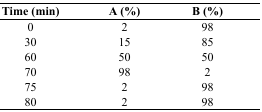
<table><thead><tr><td><b>Time (min)</b></td><td><b>A (%)</b></td><td><b>B (%)</b></td></tr></thead><tbody><tr><td>0</td><td>2</td><td>98</td></tr><tr><td>30</td><td>15</td><td>85</td></tr><tr><td>60</td><td>50</td><td>50</td></tr><tr><td>70</td><td>98</td><td>2</td></tr><tr><td>75</td><td>2</td><td>98</td></tr><tr><td>80</td><td>2</td><td>98</td></tr></tbody></table>